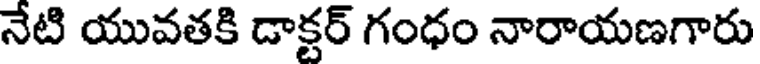
నేటి యువతకి డాక్టర్ గంధం నారాయణగారు